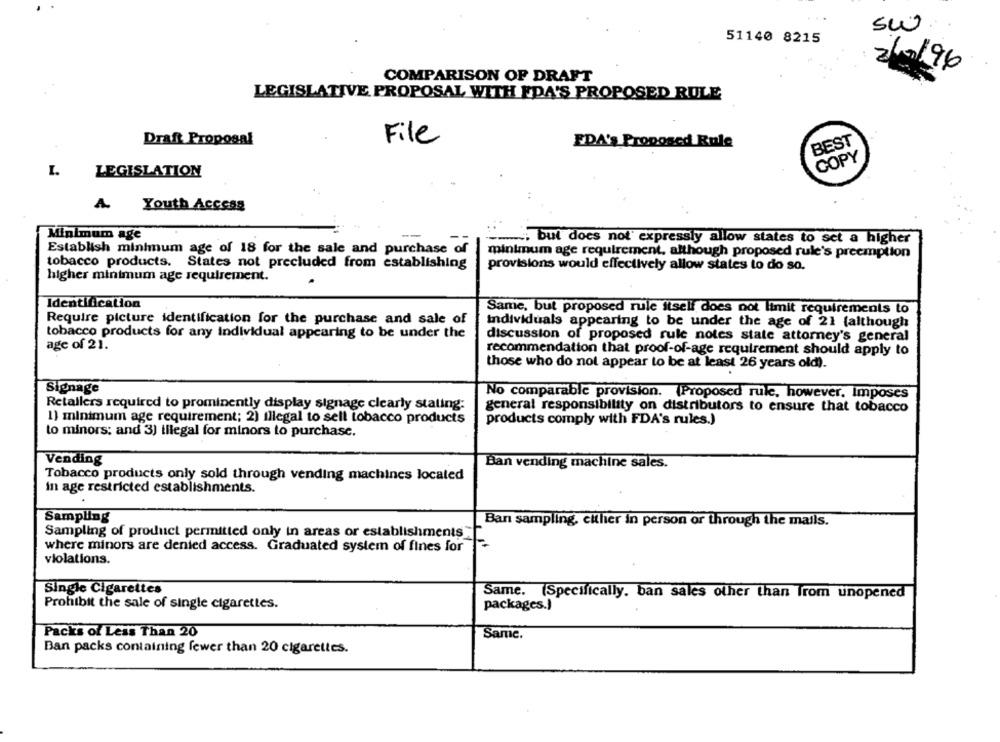
Sw
51140 8215
21/96
COMPARISON OF DRAFT
LEGISLATIVE PROPOSAL WITH FDA'S PROPOSED RULE
Draft Proposal
File
BEST
FDA's Proposed Rule
COPY
L
LEGISLATION
A
Youth Access
Minimum age
....... but does not' expressly allow states to set a higher
Establish minimum age of 18 for the sale and purchase of
minimum age requirement, although proposed rule's preemption
tobacco products. States not precluded from establishing
provisions would effectively allow states to do so.
higher minimum age requirement.
Identification
Same, but proposed rule itself does not limit requirements to
Require picture identification for the purchase and sale of
individuals appearing to be under the age of 21 (although
tobacco products for any individual appearing to be under the
discussion of proposed rule notes state attorney's general
age of 21.
recommendation that proof-of-age requirement should apply to
those who do not appear to be at least 26 years old).
Signage
No comparable provision. (Proposed rule, however, Imposes
Retailers required to prominently display signage clearly stating:
general responsibility on distributors to ensure that tobacco
1) minimum age requirement; 2) illegal to sell tobacco products
products comply with FDA's rules.)
to minors; and 3) illegal for minors to purchase.
Vending
Ban vending machine sales.
Tobacco products only sold through vending machines located
in age restricted establishments.
Sampling
Ban sampling, either in person or through the mails.
Sampling of product permitted only in areas or establishments
where minors are denied access. Graduated system of fines for
violations.
Single Cigarettes
Same. (Specifically, ban sales other than Trom unopened
Prohibit the sale of single cigarettes.
packages.)
Packs of Less Than 20
Same.
Ban packs containing fewer than 20 cigarettes.